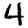
Digit: 4